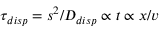
\tau _ { d i s p } = s ^ { 2 } / D _ { d i s p } \propto t \propto x / v